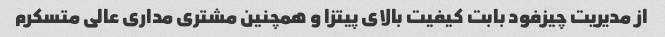
از مدیریت چیزفود بابت کیفیت بالای پیتزا و همچنین مشتری مداری عالی متسکرم